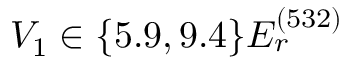
V _ { 1 } \in \{ 5 . 9 , 9 . 4 \} E _ { r } ^ { ( 5 3 2 ) }